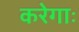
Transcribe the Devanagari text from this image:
करेगाः